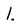
Character: 1